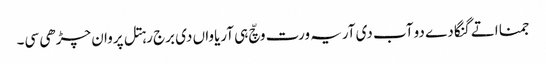
جمنا اتے گنگا دے دو آب دی آریہ ورت وچّ ہی آریاواں دی برج رہتل پروان چڑھی سی۔